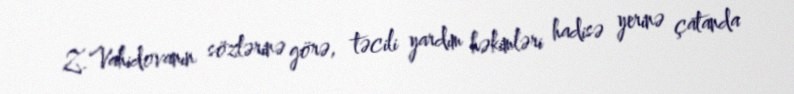
Z.Vahidovanın sözlərinə görə, təcili yardım həkimləri hadisə yerinə çatanda